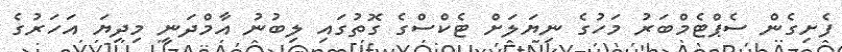
ފެށިގެން ސެޕްޓެމްބަރު މަހުގެ ނިޔަލަށް ޓެކްސްގެ ގޮތުގައި ލިބުނު އާމްދަނީ މިދިޔަ އަހަރުގެ